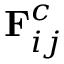
\mathbf { F } _ { i j } ^ { c }